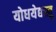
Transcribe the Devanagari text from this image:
योधयेद्यस्तु